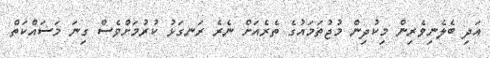
އަދި ބެލެނިވެރިން މިކުދިން މުޖުތަމައުގެ ތެރެއަށް ނެރެ ރަނގަޅު ކުރުމަށްވެސް ގިނަ މަސައްކަތް